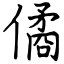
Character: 僪